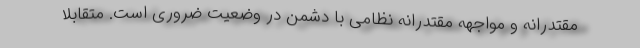
مقتدرانه و مواجهه مقتدرانه نظامی با دشمن در وضعیت ضروری است. متقابلا